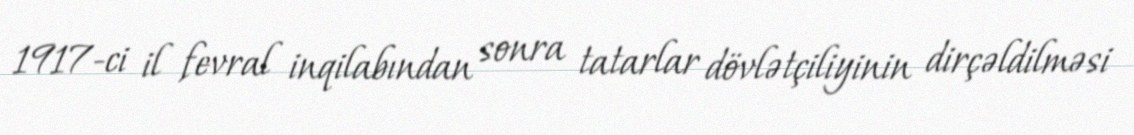
1917-ci il fevral inqilabından sonra tatarlar dövlətçiliyinin dirçəldilməsi